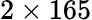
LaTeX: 2\times 165